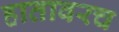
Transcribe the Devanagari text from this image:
हातावरच